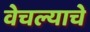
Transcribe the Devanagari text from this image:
वेचल्याचे